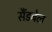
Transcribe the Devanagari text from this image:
सैंडबेल